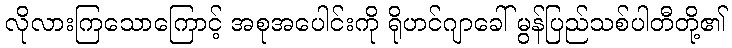
လိုလားကြသောကြောင့် အစုအပေါင်းကို ရိုဟင်ဂျာခေါ် မွန်ပြည်သစ်ပါတီတို့၏